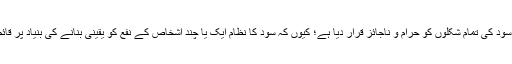
اسلام نے سود کی تمام شکلوں کو حرام و ناجائز قرار دیا ہے؛ کیوں کہ سود کا نظام ایک یا چند اشخاص کے نفع کو یقینی بنانے کی بنیاد پر قائم ہوتا ہے۔